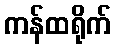
ကန်ထရိုက်